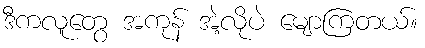
ဒီကလူတွေ အကုန် အဲ့လိုပဲ မျောကြတယ်။